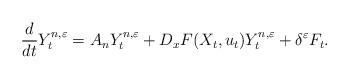
LaTeX: \begin{align*}\frac{d}{dt} Y_t^{n,\varepsilon} = A_nY^{n,\varepsilon}_t + D_xF(X_t,u_t)Y^{n,\varepsilon}_t + \delta^\varepsilon F_t. \end{align*}